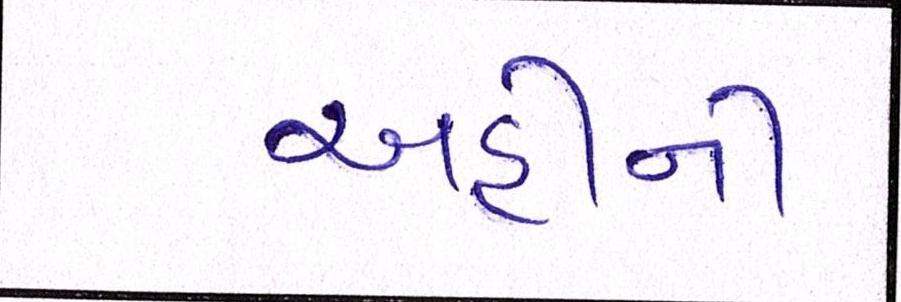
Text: અહીંની